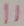
Text: 11